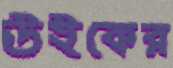
উইকের